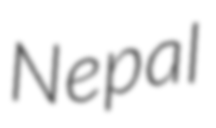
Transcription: Nepal